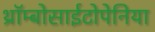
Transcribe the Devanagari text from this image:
थ्रॉम्बोसाईटोपेनिया